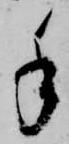
手